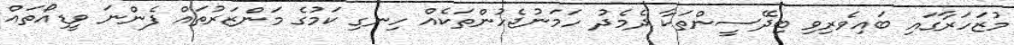
މުޒަހަރާގައި ބައިވެރިވި ބިދޭސީންތަކާ ދެމެދު ހަމަނުޖެހުންތަކެއް ހިނގި ކަމުގެ މަންޒަރުތައް ފެންނަ ވީޑިއޯތައް